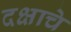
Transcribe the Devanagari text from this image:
दक्षाचे